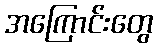
အကြောင်းတွေ